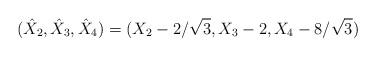
LaTeX: \begin{align*}(\hat{X}_2, \hat{X}_3, \hat{X}_4 ) = (X_2 - 2/\sqrt{3}, X_3 -2, X_4 - 8/\sqrt{3})\end{align*}